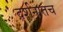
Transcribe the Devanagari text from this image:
दर्शनातच